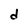
Character: d